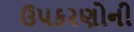
ઉપકરણોની